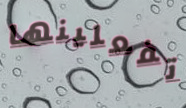
تفعلينها